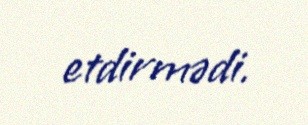
etdirmədi.